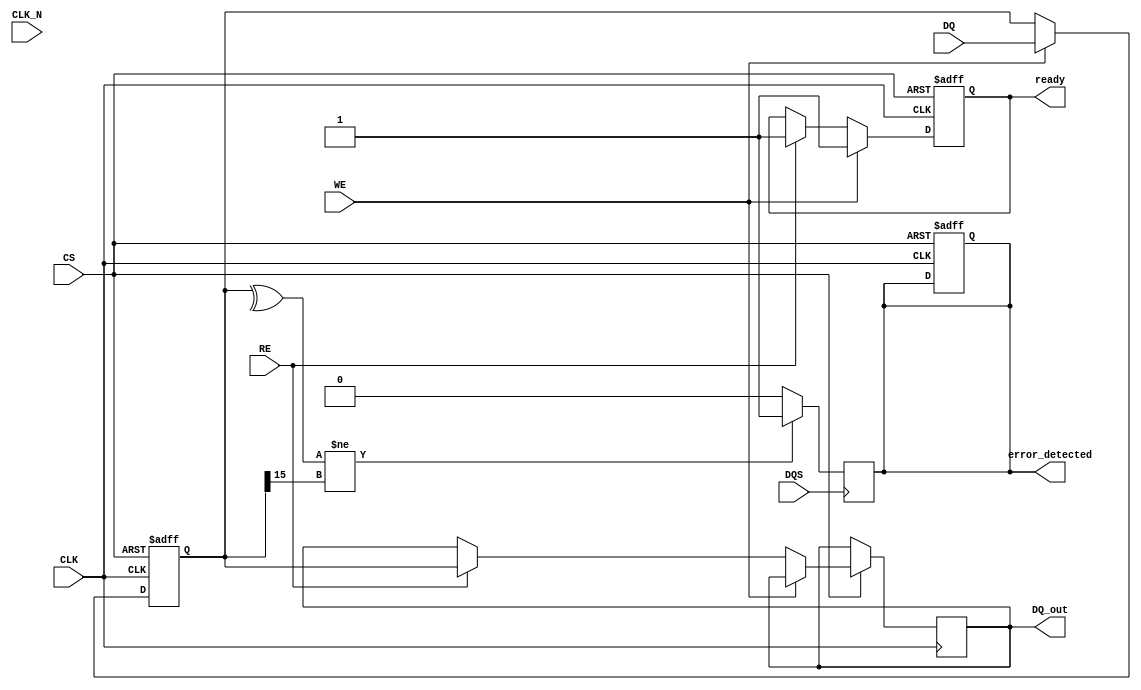
module gddr2_io_block (
    input wire [15:0] DQ,            // Data signals
    input wire CLK,                   // Clock signal
    input wire CLK_N,                 // Inverted clock signal
    input wire CS,                    // Chip select
    input wire WE,                    // Write enable
    input wire RE,                    // Read enable
    input wire DQS,                   // Data strobe
    output wire [15:0] DQ_out,        // Output data
    output wire error_detected,       // Error detection signal
    output wire ready                 // Ready signal for operation
);

    // Internal signals
    reg [15:0] data_reg;              // Register for temporary data storage
    reg error_flag;                   // Error flag for error detection
    reg ready_flag;                   // Ready flag for indicating operation status

    // Input Buffer
    always @(posedge CLK or negedge CS) begin
        if (!CS) begin
            // Reset the register and flags
            data_reg <= 16'b0;
            error_flag <= 1'b0;
            ready_flag <= 1'b0;
        end else if (WE) begin
            // Write operation
            data_reg <= DQ;
            ready_flag <= 1'b1; // Mark as ready after writing
        end else if (RE) begin
            // Read operation
            DQ_out <= data_reg; // Output the stored data
            ready_flag <= 1'b1; // Mark as ready after reading
        end
    end

    // Error Detection Logic (Example: Simple parity check)
    always @(posedge DQS) begin
        if (DQS) begin
            // Simple error check: parity bit (for example)
            if (^data_reg[15:0] != data_reg[15]) begin
                error_flag <= 1'b1; // Set error flag if parity check fails
            end else begin
                error_flag <= 1'b0; // Clear error flag if parity check passes
            end
        end
    end

    // Output assignments
    assign error_detected = error_flag;
    assign ready = ready_flag;

endmodule